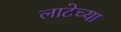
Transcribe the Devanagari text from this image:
लाटेच्या